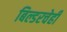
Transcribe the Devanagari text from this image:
बिल्डरचेही